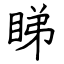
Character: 睇